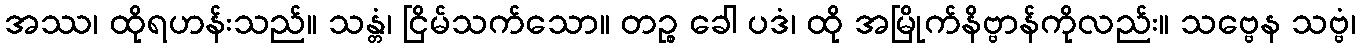
အဿ၊ ထိုရဟန်းသည်။ သန္တံ၊ ငြိမ်သက်သော။ တဉ္စ ခေါ ပဒံ၊ ထို အမြိုက်နိဗ္ဗာန်ကိုလည်း။ သဗ္ဗေန သဗ္ဗံ၊